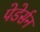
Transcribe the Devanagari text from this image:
पेडेर्सन